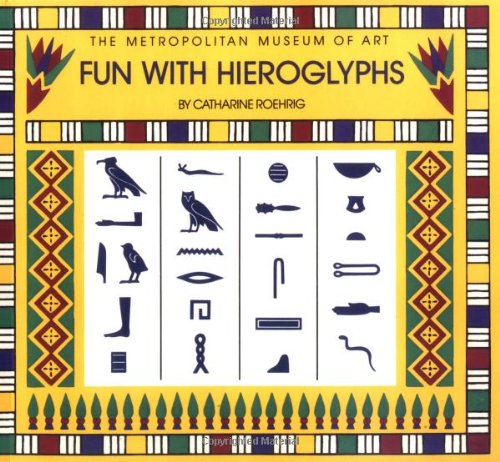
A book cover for Fun with Hieroglyphs: 24 Rubber Stamps, Hieroglyph Guidebook, Ink Pad (Box Set) (The Metropolitan Museum of Art); Catharine Roehrig; Teen & Young Adult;